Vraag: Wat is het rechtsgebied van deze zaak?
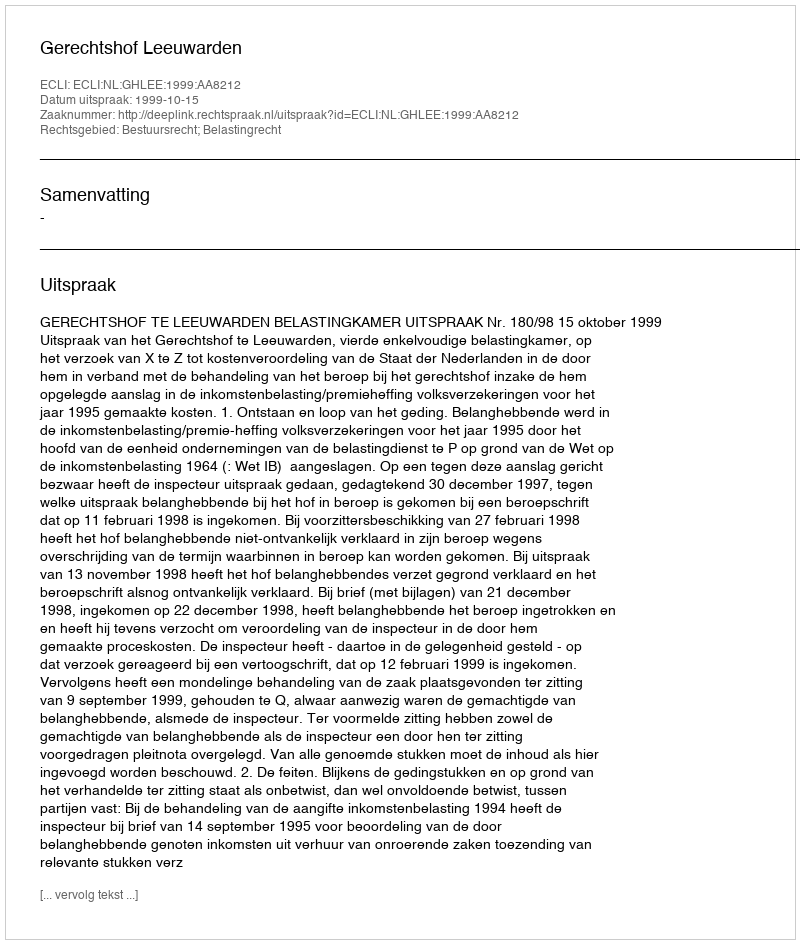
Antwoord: Bestuursrecht; Belastingrecht